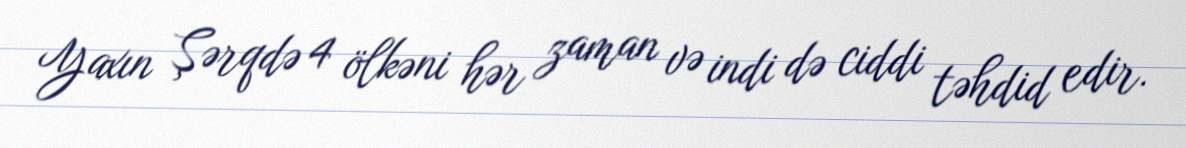
Yaxın Şərqdə 4 ölkəni hər zaman və indi də ciddi təhdid edir.